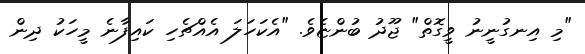
"މި އިނގުނީނު ވީގޮތް" ޖޫދު ބުންޏެވެ. "އެކަހަލަ އެއްޗެހި ކައިފާނެ މީހަކު ދިން